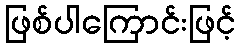
ဖြစ်ပါကြောင်းဖြင့်